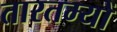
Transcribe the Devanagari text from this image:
तारतम्यों